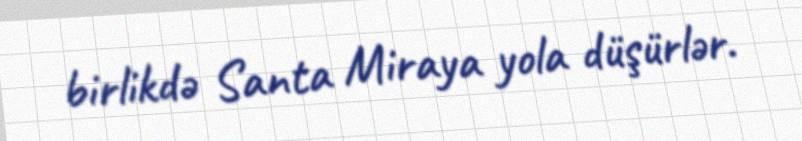
birlikdə Santa Miraya yola düşürlər.